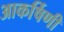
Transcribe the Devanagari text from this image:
आकर्षिणी